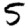
Digit: 5